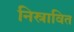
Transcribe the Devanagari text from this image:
निस्रावित